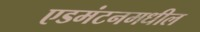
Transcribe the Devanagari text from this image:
एडमंटनमधील